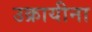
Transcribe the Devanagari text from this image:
उक्रायीना